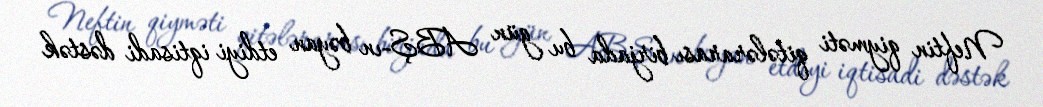
Neftin qiyməti qitələrarası birjada bu gün ABŞ-ın bəyan etdiyi iqtisadi dəstək